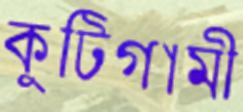
কুটিগামী